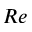
R e